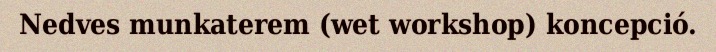
Nedves munkaterem (wet workshop) koncepció.